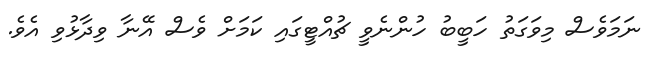
ނަމަވެސް މިވަގަތު ހަބީބު ހުންނެވީ ޗުއްޓީގައި ކަމަށް ވެސް އޭނާ ވިދާޅުވި އެވެ.